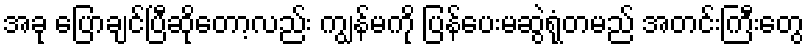
အခု ပြောချင်ပြီဆိုတော့လည်း ကျွန်မကို ပြန်ပေးမဆွဲရုံတမည် အတင်းကြီးတွေ